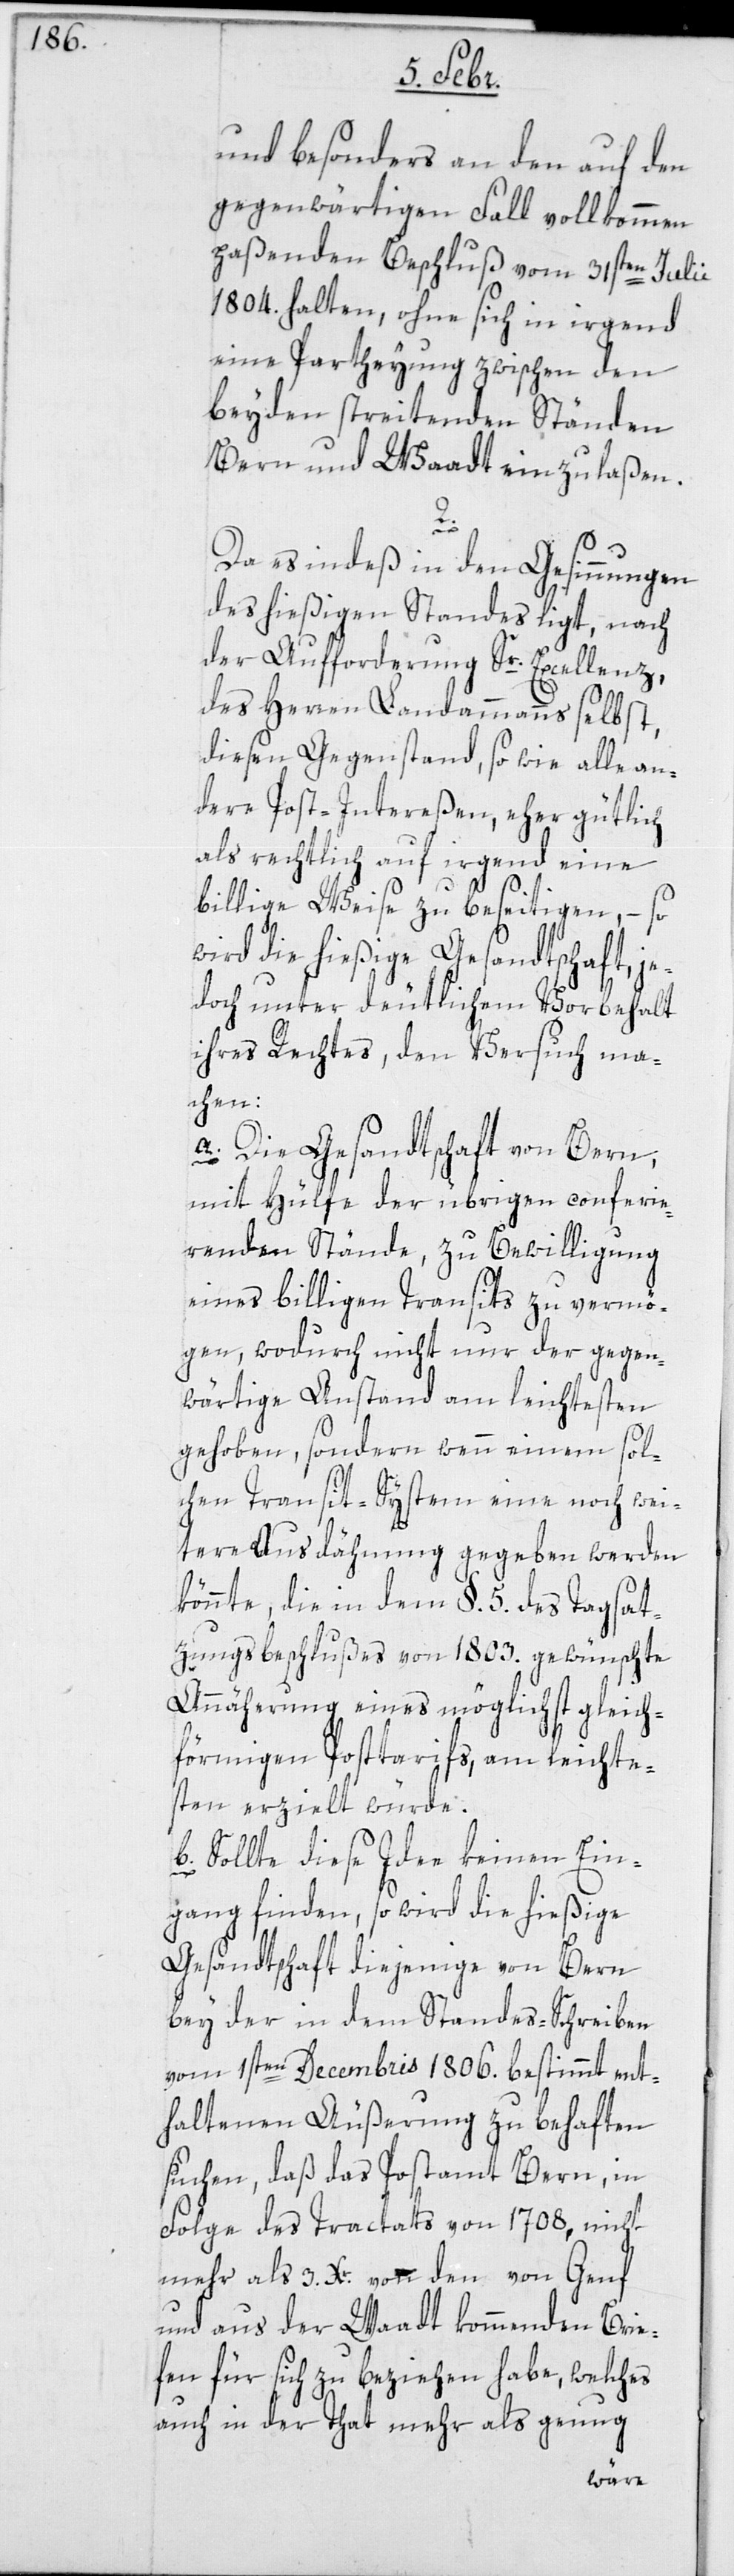
und besonders an den auf den
gegenwärtigen Fall vollkommen
paßenden Beschluß vom 31sten Julii
1804. halten, ohne sich in irgend
eine Partheyung zwischen den
beyden streitenden Ständen
Bern und Waadt einzulaßen.
2.
Da es indes in den Gesinnungen
des hießigen Standes liegt, nach
der Aufforderung Sr. Excellenz
des Herren Landammanns selbst,
diesen Gegenstand sowie alle an¬
dere Post-Intereßen, eher gütlich
als rechtlich auf irgend eine
billige Weise zu beseitigen, – so
wird die hießige Gesandtschaft, je¬
doch unter deutlichem Vorbehalt
ihres Rechtes, den Versuch ma¬
chen:
a. Die Gesandtschaft von Bern,
mit Hülfe der übrigen conferie¬
renden Stände, zu Bewilligung
eines billigen Transits zu vermö¬
gen, wodurch nicht nur der gegen¬
wärtige Anstand am leichtesten
gehoben, sondern wenn einem sol¬
chen Transit-System eine noch wei¬
tere Ausdehung gegeben werden
könnte, die in dem §. 5. des Tagsat¬
zungsbeschlußes von 1803. gewünschte
Annäherung eines möglichst gleich¬
förmigen Posttarifs, am leichte¬
sten erzielt würde.
b. Sollte diese Idee keinen Ein¬
gang finden, so wird die hießige
Gesandtschaft diejenige von Bern
bey der in dem Standes-Schreiben
vom 1sten Decembris 1806. bestimmt ent¬
haltenen Äußerung zu behaften
suchen, daß das Postamt Bern, in
Folge des Tractats von 1708., nicht
mehr als 3 Xr. von den von Genf
und aus der Waadt kommenden Brie¬
fen für sich zu beziehen habe, welches
auch in der That mehr als genug